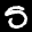
Label: 5